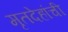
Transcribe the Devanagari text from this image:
मृतदेहांची